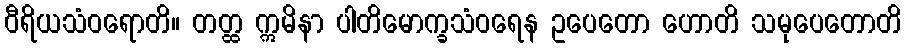
ဝီရိယသံဝရောတိ။ တတ္ထ ဣမိနာ ပါတိမောက္ခသံဝရေန ဥပေတော ဟောတိ သမုပေတောတိ